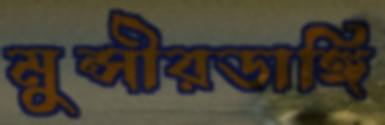
মুন্সীরডাঙ্গি